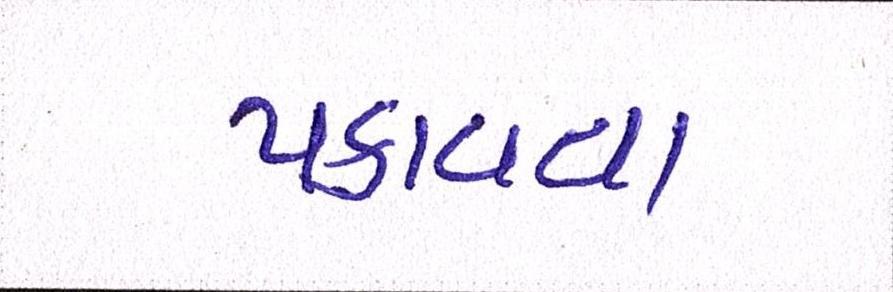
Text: પકાવવા